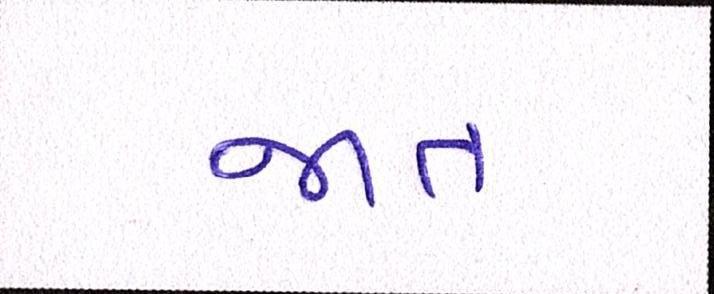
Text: જાત